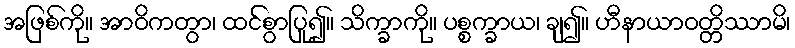
အဖြစ်ကို။ အာဝိကတွာ၊ ထင်စွာပြု၍။ သိက္ခာကို။ ပစ္စက္ခာယ၊ ချ၍။ ဟီနာယာဝတ္တိဿာမိ၊